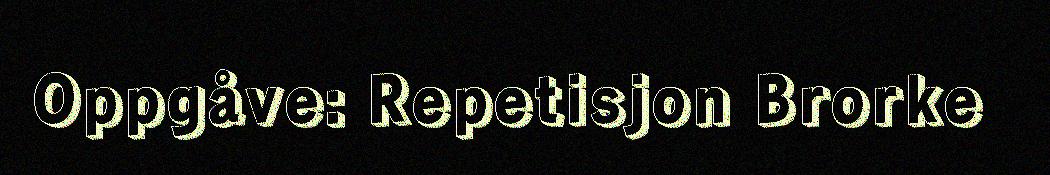
Oppgåve: Repetisjon Brorke